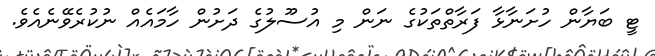
ޓީ ބަޔާން ހުށަނާޅާ ފަރާތްތަކުގެ ނަން މި އުސޫލުގެ ދަށުން ހާމައެއް ނުކުރެވޭނެއެވެ.